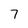
Character: 7